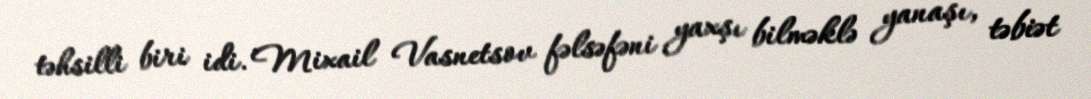
təhsilli biri idi. Mixail Vasnetsov fəlsəfəni yaxşı bilməklə yanaşı, təbiət